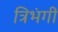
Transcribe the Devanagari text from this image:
त्रिभंगीं